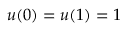
u ( 0 ) = u ( 1 ) = 1